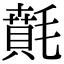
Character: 𣯻